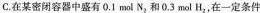
C.在某密闭容器中盛有0.1mol N_{2}和0.3mol H_{2}，在一定条件